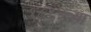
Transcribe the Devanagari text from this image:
१८१४च्या